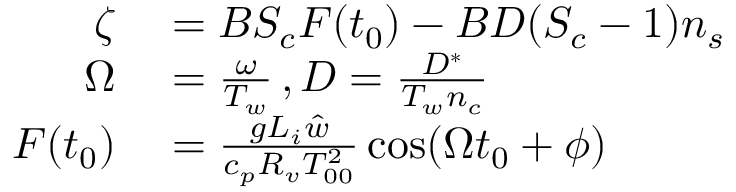
\begin{array} { r l } { \zeta } & { { } = B S _ { c } F ( t _ { 0 } ) - B D ( S _ { c } - 1 ) n _ { s } } \\ { \Omega } & { { } = \frac { \omega } { T _ { w } } \, , D = \frac { D ^ { * } } { T _ { w } n _ { c } } } \\ { F ( t _ { 0 } ) } & { { } = \frac { g L _ { i } \hat { w } } { c _ { p } R _ { v } T _ { 0 0 } ^ { 2 } } \cos ( \Omega t _ { 0 } + \phi ) } \end{array}